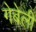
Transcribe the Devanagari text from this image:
गेबेली